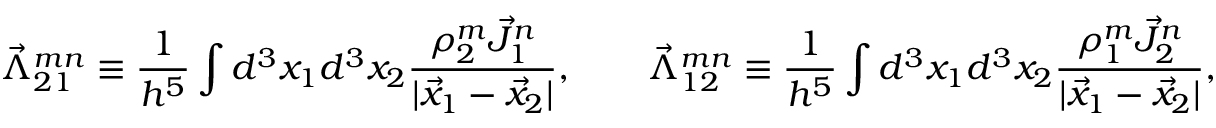
\vec { \Lambda } _ { 2 1 } ^ { m n } \equiv \frac { 1 } { h ^ { 5 } } \int d ^ { 3 } x _ { 1 } d ^ { 3 } x _ { 2 } \frac { \rho _ { 2 } ^ { m } \vec { J } _ { 1 } ^ { n } } { | \vec { x } _ { 1 } - \vec { x } _ { 2 } | } , \qquad \vec { \Lambda } _ { 1 2 } ^ { m n } \equiv \frac { 1 } { h ^ { 5 } } \int d ^ { 3 } x _ { 1 } d ^ { 3 } x _ { 2 } \frac { \rho _ { 1 } ^ { m } \vec { J } _ { 2 } ^ { n } } { | \vec { x } _ { 1 } - \vec { x } _ { 2 } | } ,